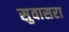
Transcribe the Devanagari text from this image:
सुवासरा